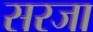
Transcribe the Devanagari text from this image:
सरजा